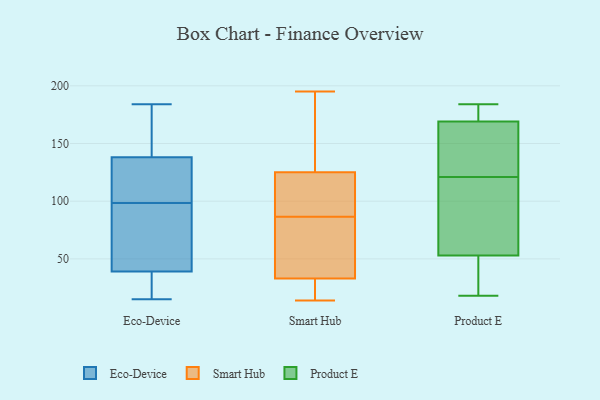
{"axis": {"x": "Churn Rate (%)", "y": "Value"}, "legend": ["Eco-Device", "Product E", "Smart Hub"], "data": [{"x": "", "y": 23, "type": "Eco-Device"}, {"x": "", "y": 39, "type": "Eco-Device"}, {"x": "", "y": 139, "type": "Eco-Device"}, {"x": "", "y": 63, "type": "Eco-Device"}, {"x": "", "y": 91, "type": "Eco-Device"}, {"x": "", "y": 24, "type": "Eco-Device"}, {"x": "", "y": 23, "type": "Eco-Device"}, {"x": "", "y": 143, "type": "Eco-Device"}, {"x": "", "y": 110, "type": "Eco-Device"}, {"x": "", "y": 138, "type": "Eco-Device"}, {"x": "", "y": 15, "type": "Eco-Device"}, {"x": "", "y": 43, "type": "Eco-Device"}, {"x": "", "y": 184, "type": "Eco-Device"}, {"x": "", "y": 106, "type": "Eco-Device"}, {"x": "", "y": 138, "type": "Eco-Device"}, {"x": "", "y": 56, "type": "Eco-Device"}, {"x": "", "y": 115, "type": "Eco-Device"}, {"x": "", "y": 127, "type": "Eco-Device"}, {"x": "", "y": 20, "type": "Smart Hub"}, {"x": "", "y": 15, "type": "Smart Hub"}, {"x": "", "y": 171, "type": "Smart Hub"}, {"x": "", "y": 19, "type": "Smart Hub"}, {"x": "", "y": 94, "type": "Smart Hub"}, {"x": "", "y": 90, "type": "Smart Hub"}, {"x": "", "y": 44, "type": "Smart Hub"}, {"x": "", "y": 33, "type": "Smart Hub"}, {"x": "", "y": 195, "type": "Smart Hub"}, {"x": "", "y": 55, "type": "Smart Hub"}, {"x": "", "y": 131, "type": "Smart Hub"}, {"x": "", "y": 190, "type": "Smart Hub"}, {"x": "", "y": 14, "type": "Smart Hub"}, {"x": "", "y": 161, "type": "Smart Hub"}, {"x": "", "y": 99, "type": "Smart Hub"}, {"x": "", "y": 33, "type": "Smart Hub"}, {"x": "", "y": 106, "type": "Smart Hub"}, {"x": "", "y": 45, "type": "Smart Hub"}, {"x": "", "y": 83, "type": "Smart Hub"}, {"x": "", "y": 119, "type": "Smart Hub"}, {"x": "", "y": 178, "type": "Product E"}, {"x": "", "y": 18, "type": "Product E"}, {"x": "", "y": 37, "type": "Product E"}, {"x": "", "y": 184, "type": "Product E"}, {"x": "", "y": 110, "type": "Product E"}, {"x": "", "y": 163, "type": "Product E"}, {"x": "", "y": 77, "type": "Product E"}, {"x": "", "y": 69, "type": "Product E"}, {"x": "", "y": 168, "type": "Product E"}, {"x": "", "y": 132, "type": "Product E"}, {"x": "", "y": 170, "type": "Product E"}, {"x": "", "y": 23, "type": "Product E"}]}